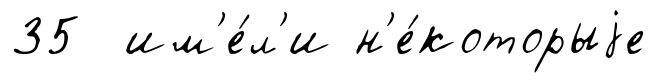
35 им'е́л'и н'е́которыjе